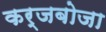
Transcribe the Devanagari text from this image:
कर्जबोजा